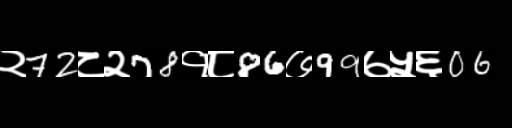
Text: २72८२78१८86७99७५६06